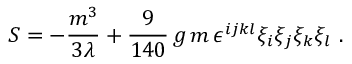
S = - \frac { m ^ { 3 } } { 3 \lambda } + \frac { 9 } { 1 4 0 } \, g \, m \, \epsilon ^ { i j k l } \xi _ { i } \xi _ { j } \xi _ { k } \xi _ { l } \ .